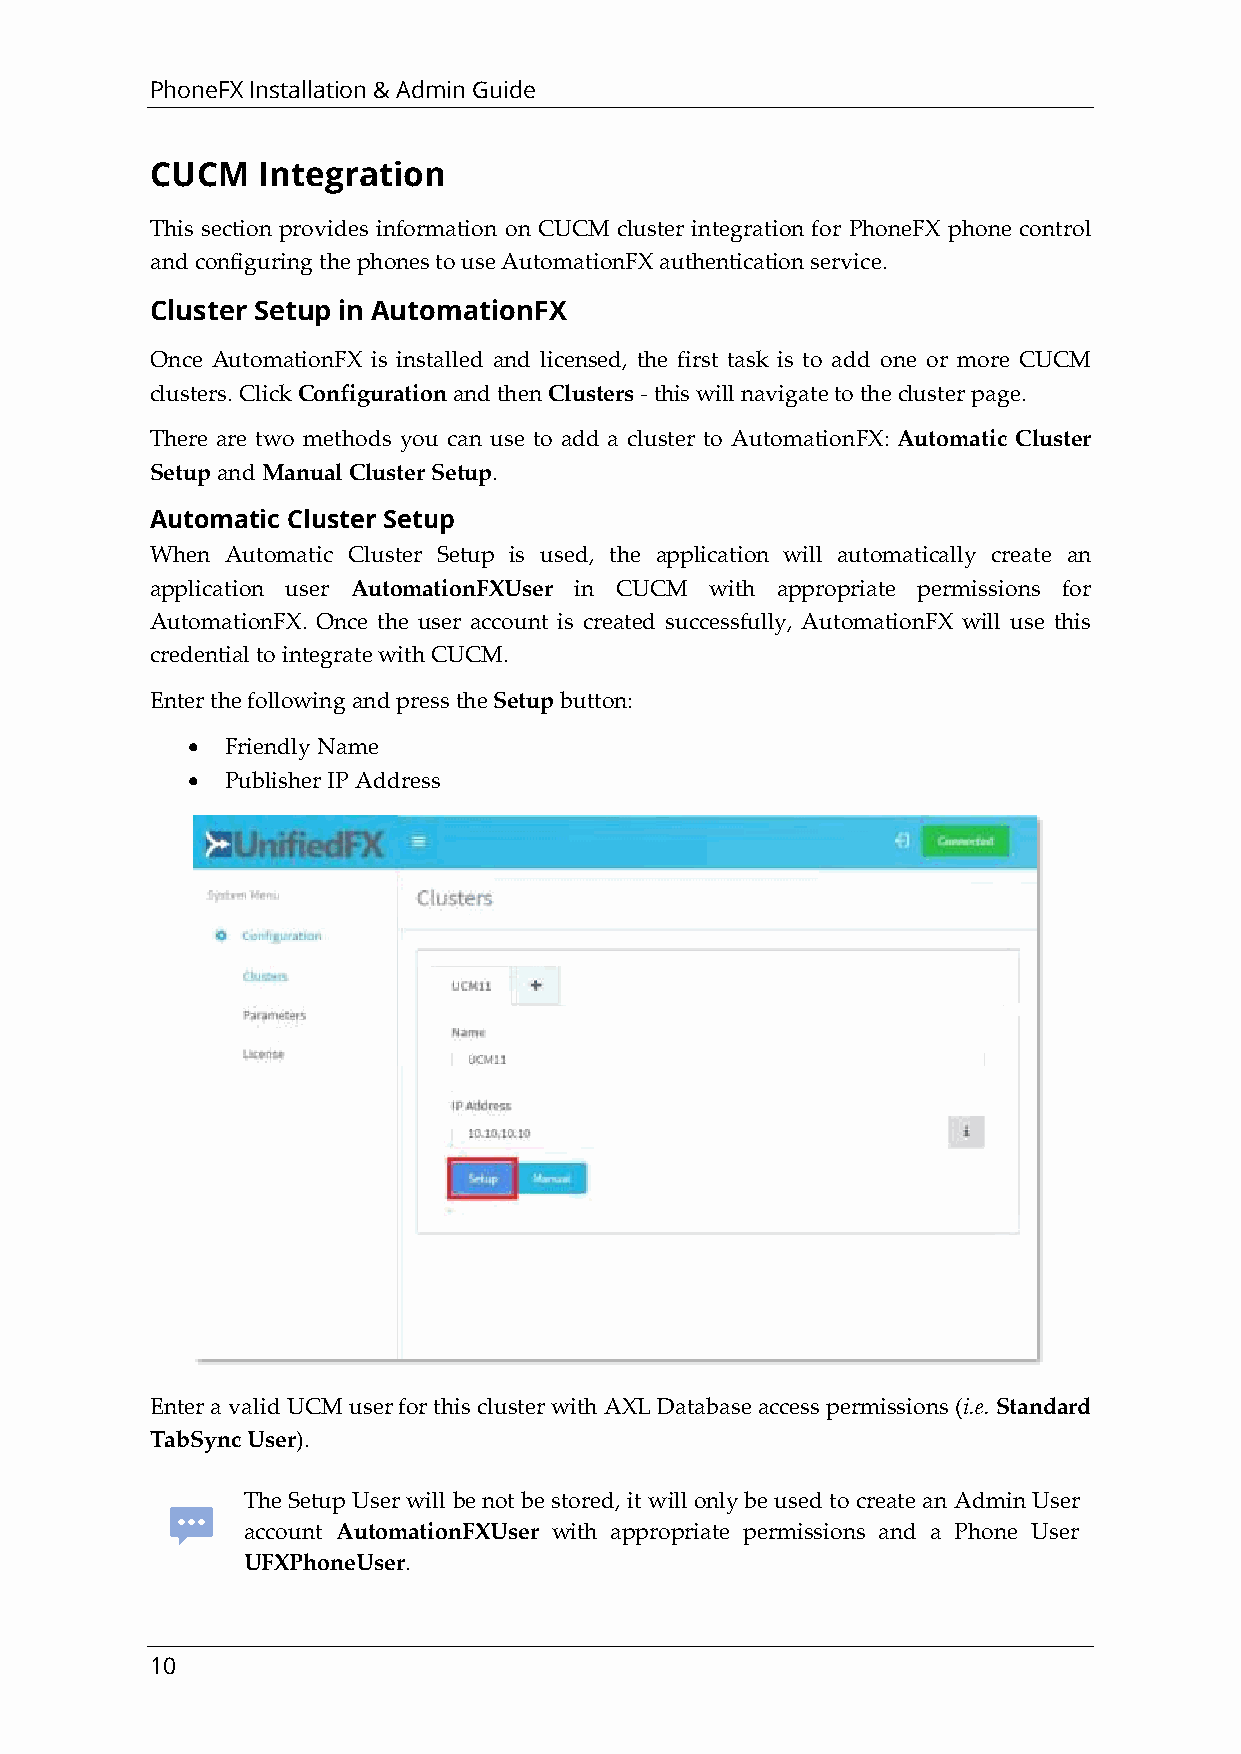
PhoneFX Installation & Admin Guide
 CUCM   Integration
 This section provides information on CUCM cluster integration for PhoneFX phone control
 and configuring the phones to use AutomationFX authentication service.
 Cluster Setup in AutomationFX
 Once AutomationFX is installed and licensed, the first task is to add one or more CUCM
 clusters. Click Configuration and then Clusters - this will navigate to the cluster page.
 There are two methods you can use to add a cluster to AutomationFX: Automatic Cluster
 Setup and Manual Cluster Setup.
 Automatic Cluster Setup
 When Automatic Cluster Setup is used, the application will automatically create an
 application user AutomationFXUser in CUCM with appropriate permissions for
 AutomationFX. Once the user account is created successfully, AutomationFX will use this
 credential to integrate with CUCM.
 Enter the following and press the Setup button:
 •  Friendly Name
 •  Publisher IP Address
 Enter a valid UCM user for this cluster with AXL Database access permissions (i.e. Standard
 TabSync User).
 The Setup User will be not be stored, it will only be used to create an Admin User
 account AutomationFXUser with appropriate permissions and a Phone User
 UFXPhoneUser.
 10